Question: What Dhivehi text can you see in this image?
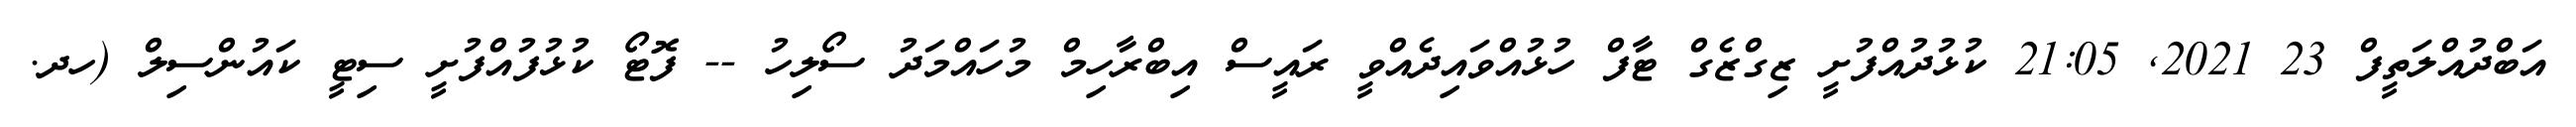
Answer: އަބްދުއްލަތީފް 23 2021, 21:05 ކުޅުދުއްފުށީ ޒިގްޒެގް ޓާފް ހުޅުއްވައިދެއްވީ ރައީސް އިބްރާހިމް މުހައްމަދު ސޯލިހު -- ފޮޓޯ ކުޅުފުއްފުށީ ސިޓީ ކައުންސިލް (ހދ.